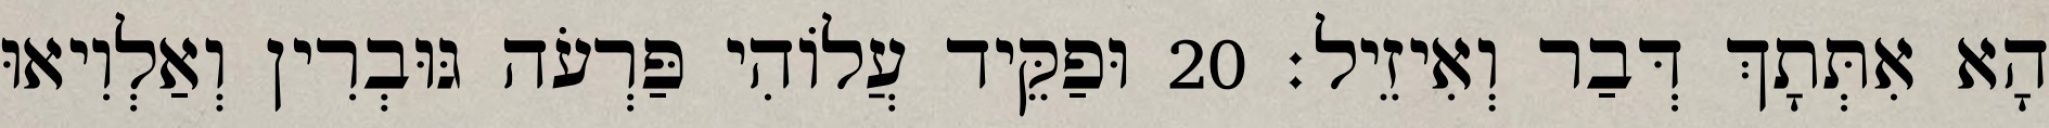
הָא אִתְּתָךְ דְּבַר וְאִיזֵיל׃ 20 וּפַקֵּיד עֲלוֹהִי פַּרְעֹה גּוּבְרִין וְאַלְוִיאוּ